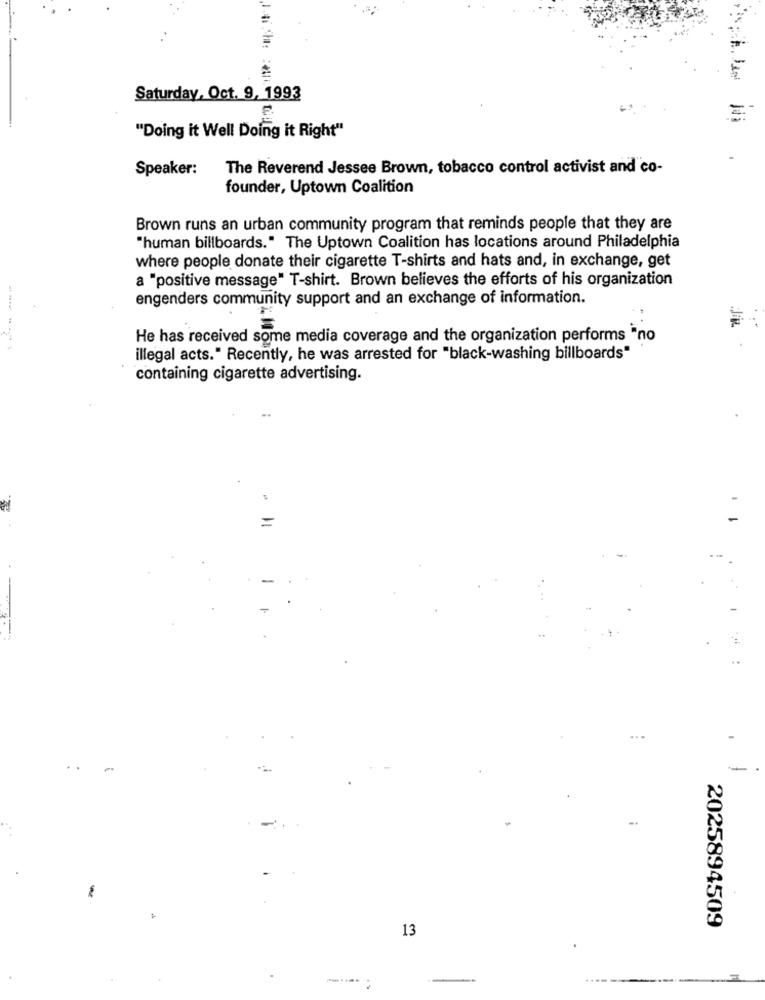
Saturday, Oct. 9, 1993
"Doing it Well Doing it Right"
Speaker:
The Reverend Jessee Brown, tobacco control activist and co-
founder, Uptown Coalition
Brown runs an urban community program that reminds people that they are
"human billboards." The Uptown Coalition has locations around Philadelphia
where people donate their cigarette T-shirts and hats and, in exchange, get
a "positive message" T-shirt. Brown believes the efforts of his organization
engenders community support and an exchange of information.
He has received some media coverage and the organization performs "no
--------
illegal acts." Recently, he was arrested for "black-washing billboards"
containing cigarette advertising.
=
...
-
2025894509
13